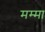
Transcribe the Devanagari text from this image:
मम्मा